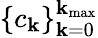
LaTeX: \{ c_{\mathbf{k}}\} _{\mathbf{k}=0}^{\mathbf{k}_{\mathrm{{max}}}}